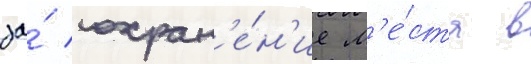
за́ сохран'е́н'ие м'е́ста в